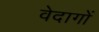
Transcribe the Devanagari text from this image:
वेदागों